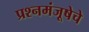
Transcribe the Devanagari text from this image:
प्रश्नमंजूषेचे